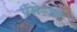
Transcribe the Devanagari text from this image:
पॅसेन्जर